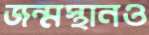
জন্মস্থানও